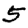
Digit: 5